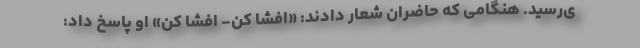
ی‌رسید. هنگامی که حاضران شعار دادند: «افشا کن- افشا کن» او پاسخ داد: